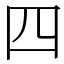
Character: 四